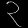
Digit: ၃